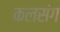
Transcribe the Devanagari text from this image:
कलसंग